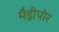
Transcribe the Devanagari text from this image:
मैड्रीपोर